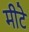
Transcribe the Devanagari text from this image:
मीटे